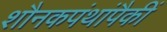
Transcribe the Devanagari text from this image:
शौनकपंथांपैकीं